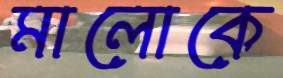
মালোকে